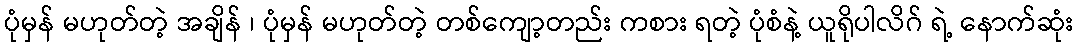
ပုံမှန် မဟုတ်တဲ့ အချိန် ၊ ပုံမှန် မဟုတ်တဲ့ တစ်ကျော့တည်း ကစား ရတဲ့ ပုံစံနဲ့ ယူရိုပါလိဂ် ရဲ့ နောက်ဆုံး